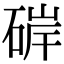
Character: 硸